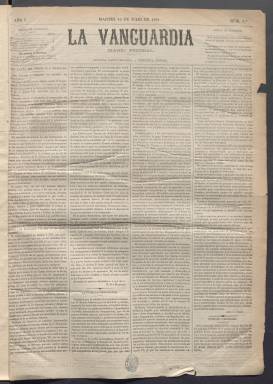
Título: La Vanguardia (Madrid. 1881)
Colección: Periódicos
Ámbito geográfico: Madrid
Lugar de publicación: Madrid
Fechas: 12/07/1881-30/12/1883